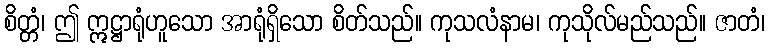
စိတ္တံ၊ ဤ ဣဋ္ဌာရုံဟူသော အာရုံရှိသော စိတ်သည်။ ကုသလံနာမ၊ ကုသိုလ်မည်သည်။ ဇာတံ၊